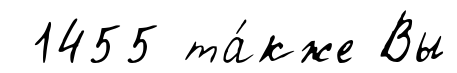
1455 та́кже Вы